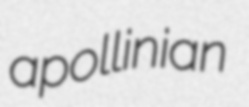
apollinian